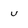
Character: u